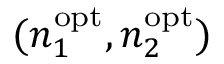
( n _ { 1 } ^ { \mathrm { o p t } } , n _ { 2 } ^ { \mathrm { o p t } } )